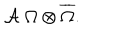
LaTeX: { \cal A } \; \Omega \otimes \overline { { { \Omega } } } .